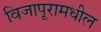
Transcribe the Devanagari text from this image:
विजापूरामधील